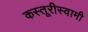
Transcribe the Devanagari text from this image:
कस्तूरीस्वामी